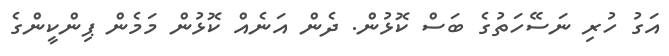
އަގު ހުރި ނަސޭހަތުގެ ބަސް ކޮޅުން. ދެން އަނެއް ކޮޅުން މަމެން ޕިންކީންގެ